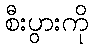
စီးပွားကို